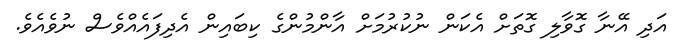
އަދި އޭނާ ގޮވާލި ގޮތަށް އެކަން ނުކުރުމަށް އާންމުންގެ ކިބައިން އެދިފައެއްވެސް ނުވެއެވެ.